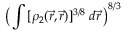
\big ( \int \, [ \rho _ { 2 } ( \vec { r } , \vec { r } ) ] ^ { 3 / 8 } \; d \vec { r } \, \big ) ^ { 8 / 3 }